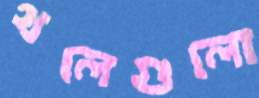
থলেগুলো